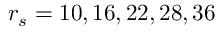
r _ { s } = 1 0 , 1 6 , 2 2 , 2 8 , 3 6